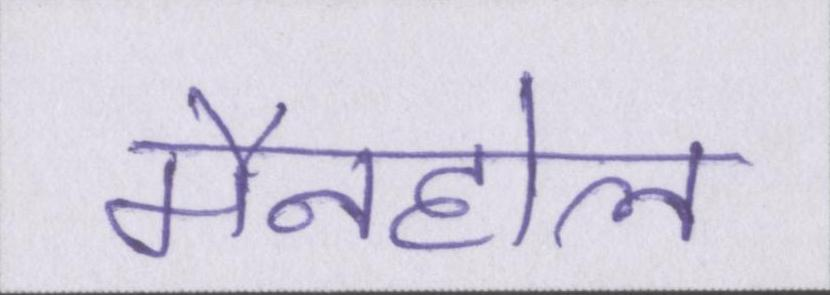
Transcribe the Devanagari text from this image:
मैनहोल